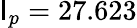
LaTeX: \mathsf{I}_{p}=27.623